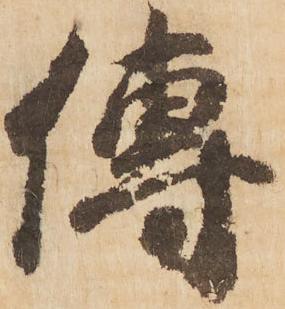
傳